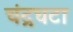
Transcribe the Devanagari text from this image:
चंद्रघटा